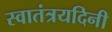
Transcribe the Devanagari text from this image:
स्वातंत्रयदिनी